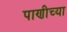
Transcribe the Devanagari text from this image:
पाणीच्या